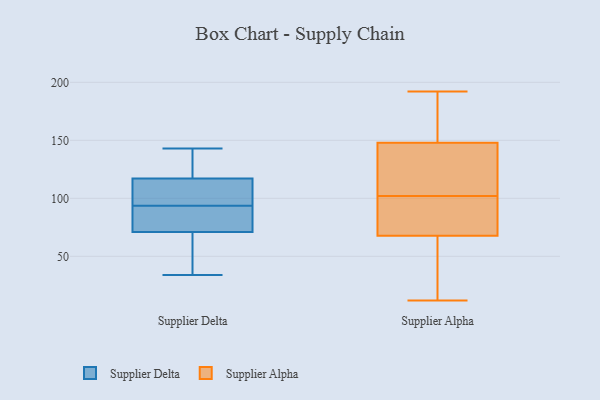
{"axis": {"x": "Budget (USD K)", "y": "Value"}, "legend": ["Supplier Alpha", "Supplier Delta"], "data": [{"x": "", "y": 84, "type": "Supplier Delta"}, {"x": "", "y": 143, "type": "Supplier Delta"}, {"x": "", "y": 34, "type": "Supplier Delta"}, {"x": "", "y": 117, "type": "Supplier Delta"}, {"x": "", "y": 71, "type": "Supplier Delta"}, {"x": "", "y": 88, "type": "Supplier Delta"}, {"x": "", "y": 55, "type": "Supplier Delta"}, {"x": "", "y": 99, "type": "Supplier Delta"}, {"x": "", "y": 120, "type": "Supplier Delta"}, {"x": "", "y": 115, "type": "Supplier Delta"}, {"x": "", "y": 67, "type": "Supplier Alpha"}, {"x": "", "y": 117, "type": "Supplier Alpha"}, {"x": "", "y": 136, "type": "Supplier Alpha"}, {"x": "", "y": 12, "type": "Supplier Alpha"}, {"x": "", "y": 188, "type": "Supplier Alpha"}, {"x": "", "y": 149, "type": "Supplier Alpha"}, {"x": "", "y": 192, "type": "Supplier Alpha"}, {"x": "", "y": 145, "type": "Supplier Alpha"}, {"x": "", "y": 102, "type": "Supplier Alpha"}, {"x": "", "y": 170, "type": "Supplier Alpha"}, {"x": "", "y": 70, "type": "Supplier Alpha"}, {"x": "", "y": 52, "type": "Supplier Alpha"}, {"x": "", "y": 99, "type": "Supplier Alpha"}, {"x": "", "y": 131, "type": "Supplier Alpha"}, {"x": "", "y": 102, "type": "Supplier Alpha"}, {"x": "", "y": 74, "type": "Supplier Alpha"}, {"x": "", "y": 165, "type": "Supplier Alpha"}, {"x": "", "y": 12, "type": "Supplier Alpha"}, {"x": "", "y": 60, "type": "Supplier Alpha"}]}